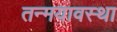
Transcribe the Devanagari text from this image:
तन्मयावस्था